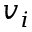
v _ { i }